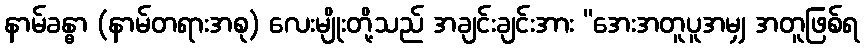
နာမ်ခန္ဓာ (နာမ်တရားအစု) လေးမျိုးတို့သည် အချင်းချင်းအား “အေးအတူပူအမျှ အတူဖြစ်ရ